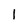
Character: 1